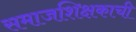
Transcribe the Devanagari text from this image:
समाजशिक्षकाची